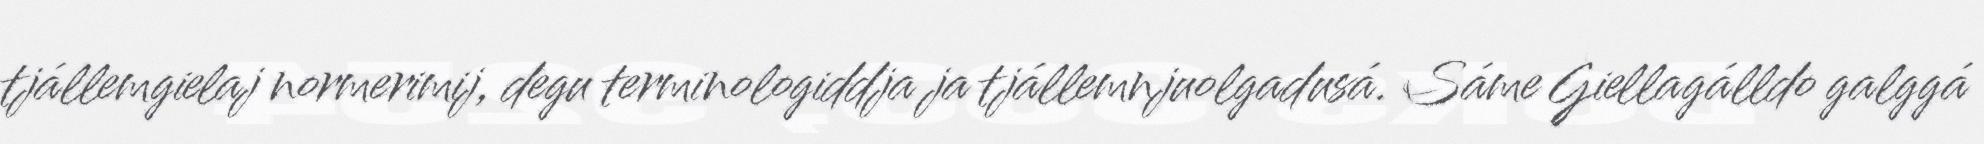
tjállemgielaj normerimij, degu terminologiddja ja tjállemnjuolgadusá. Sáme Giellagálldo galggá